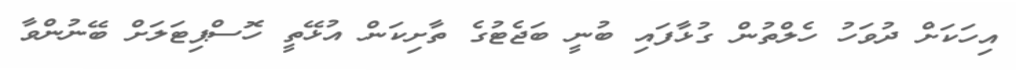
އިހަކަށް ދުވަހު ހެލްތުން ގުޅާފައި ބުނީ ބަޖެޓުގެ ތާށިކަން އުޅޭތީ ހޮސްޕިޓަލަށް ބޭނުންވާ